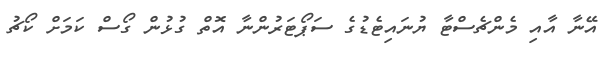
އޭނާ އާއި މެންޗެސްޓާ ޔުނައިޓެޑުގެ ސަޕޯޓަރުންނާ އޮތް ގުޅުން ގޯސް ކަމަށް ކޯޗު